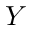
Y